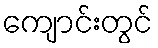
ကျောင်းတွင်